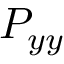
P _ { y y }